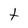
Character: t